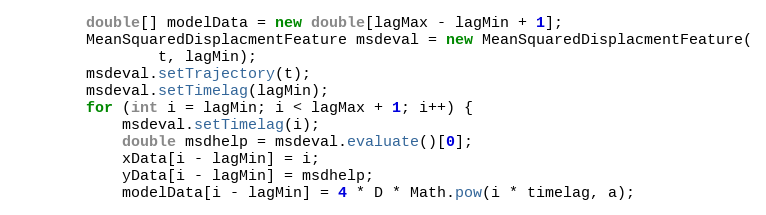
Language: Java
		double[] modelData = new double[lagMax - lagMin + 1];
		MeanSquaredDisplacmentFeature msdeval = new MeanSquaredDisplacmentFeature(
				t, lagMin);
		msdeval.setTrajectory(t);
		msdeval.setTimelag(lagMin);
		for (int i = lagMin; i < lagMax + 1; i++) {
			msdeval.setTimelag(i);
			double msdhelp = msdeval.evaluate()[0];
			xData[i - lagMin] = i;
			yData[i - lagMin] = msdhelp;
			modelData[i - lagMin] = 4 * D * Math.pow(i * timelag, a);